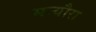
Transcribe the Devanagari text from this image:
मन्यौरा